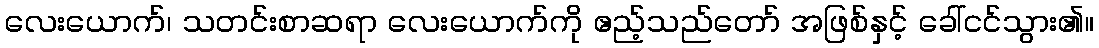
လေးယောက်၊ သတင်းစာဆရာ လေးယောက်ကို ဧည့်သည်တော် အဖြစ်နှင့် ခေါ်ငင်သွား၏။